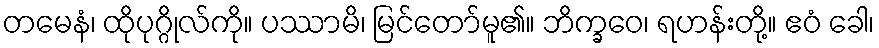
တမေနံ၊ ထိုပုဂ္ဂိုလ်ကို။ ပဿာမိ၊ မြင်တော်မူ၏။ ဘိက္ခဝေ၊ ရဟန်းတို့။ ဧဝံ ခေါ၊